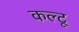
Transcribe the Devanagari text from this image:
कल्टू